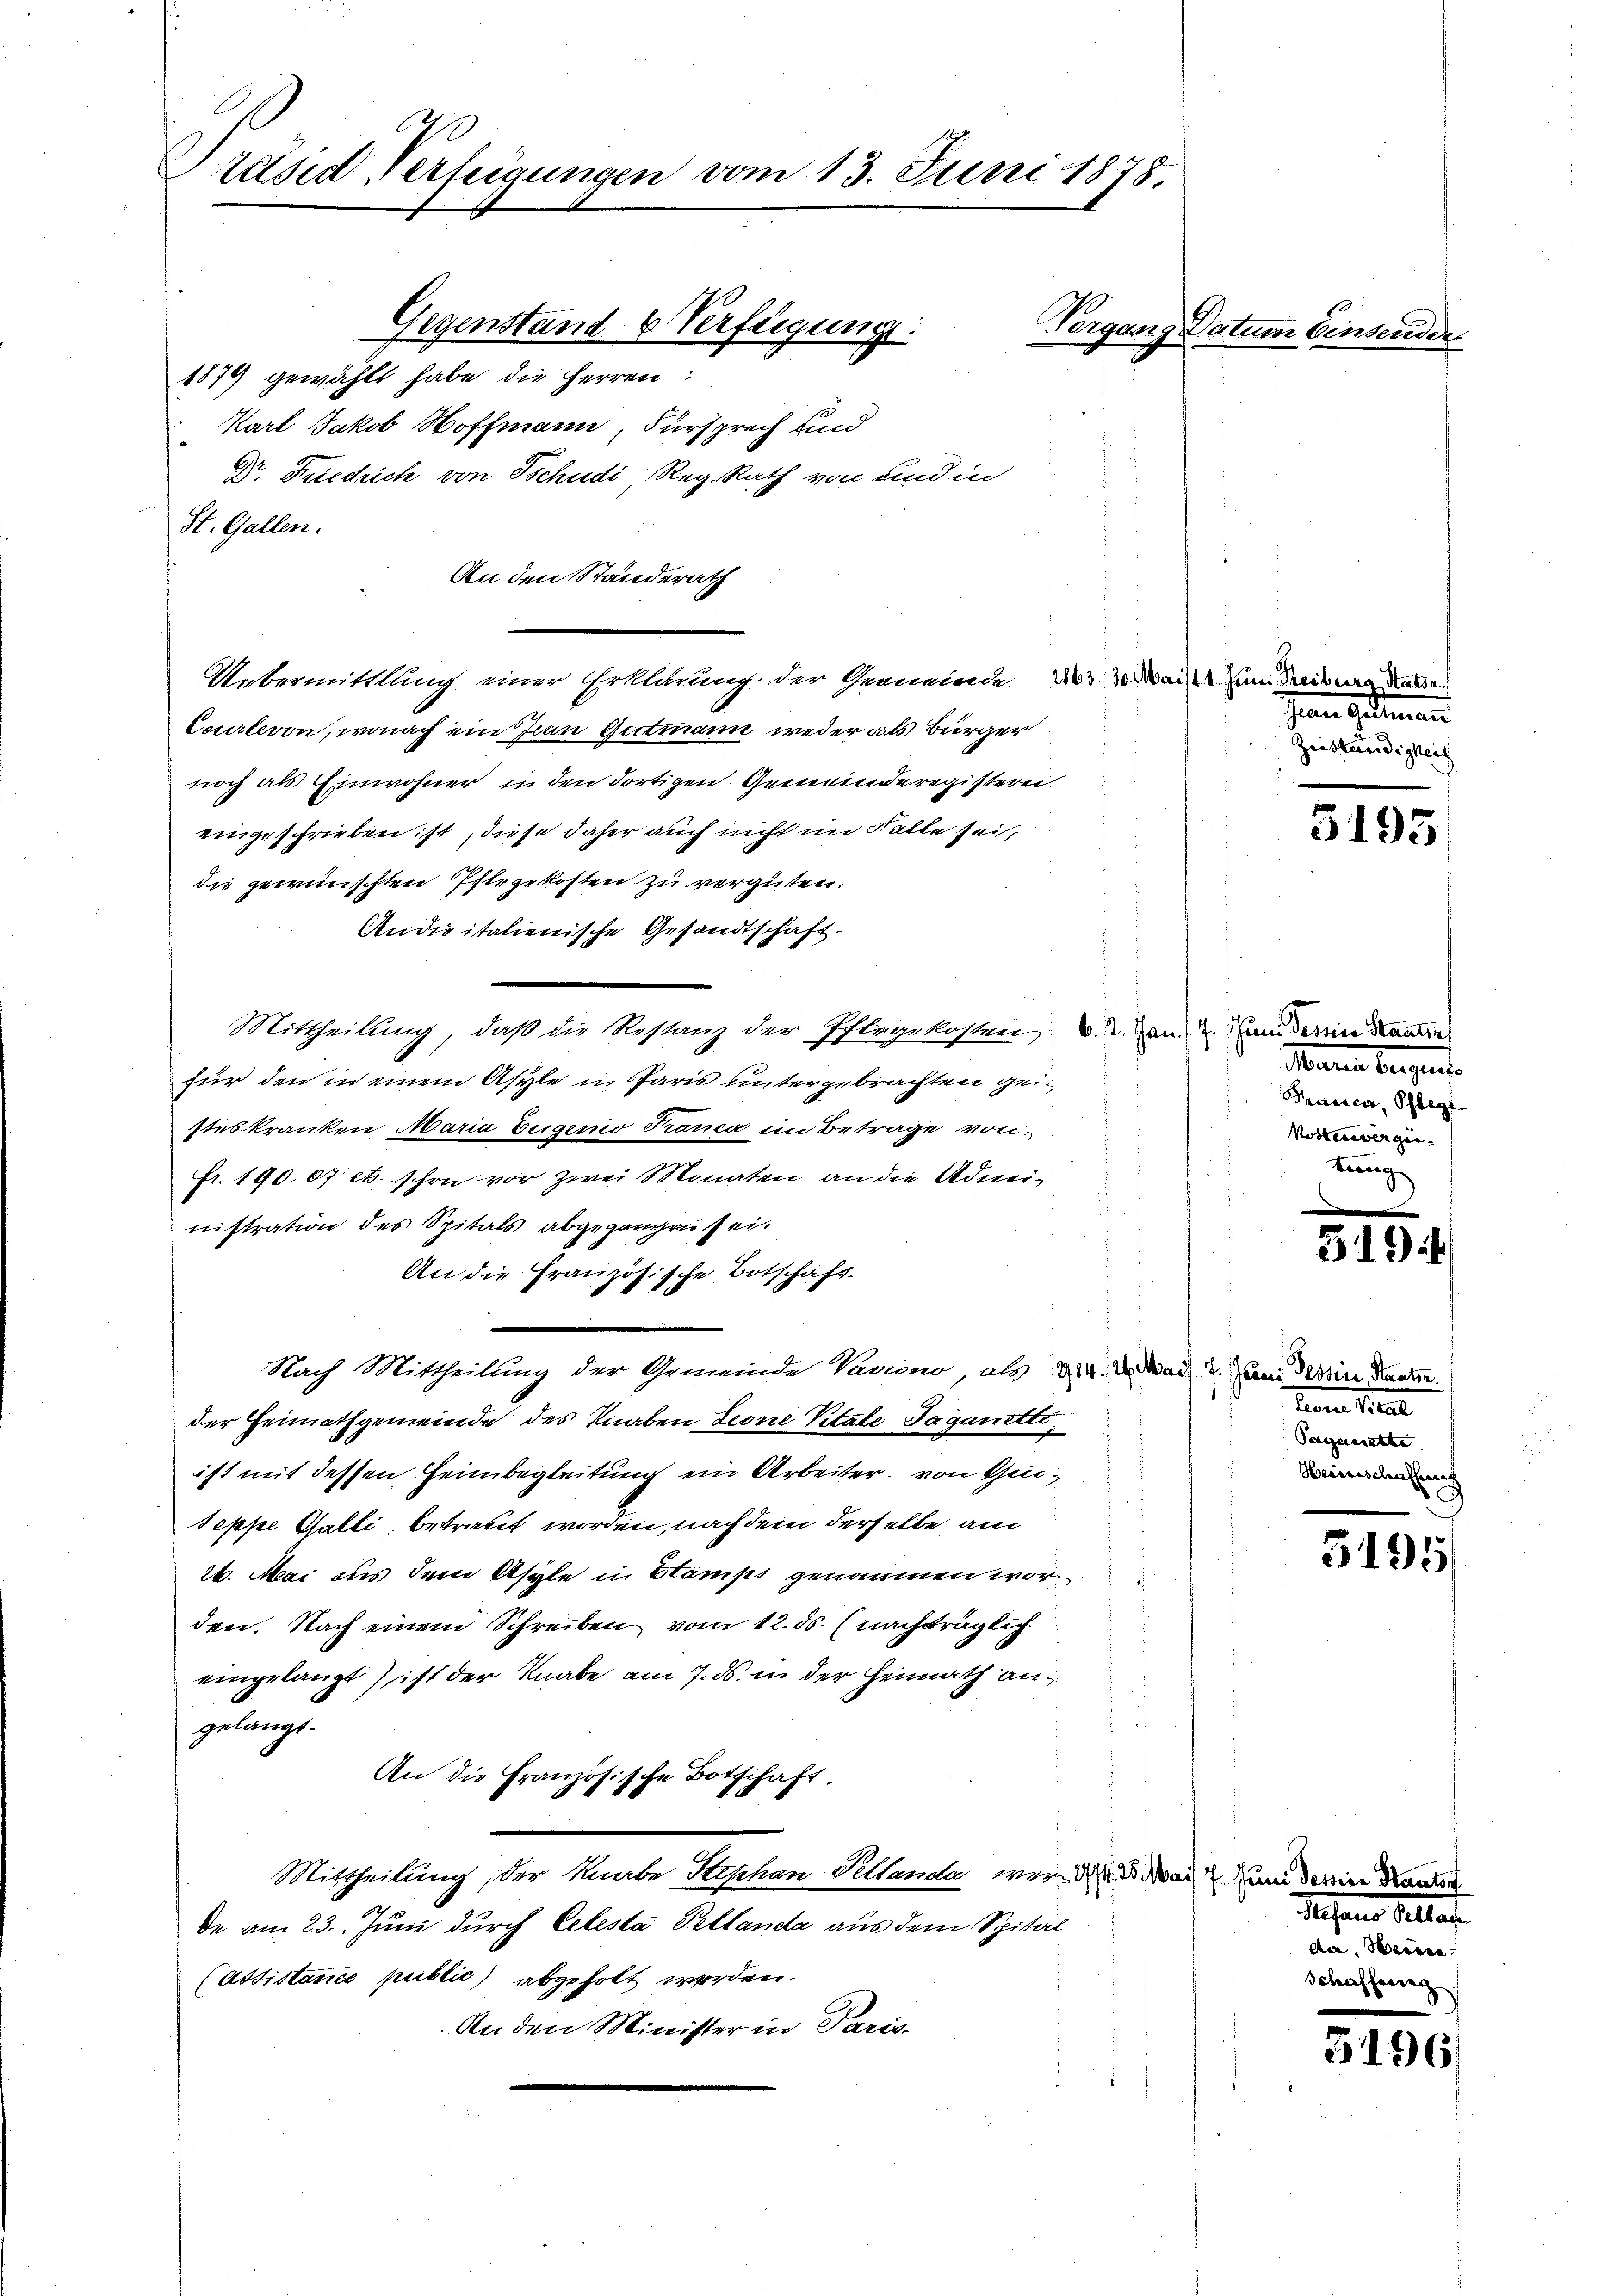
räsid Verfügungen vom 13. Juni 1878.

1879 gewählt habe die Herren:
Karl Jakob Hoffmann, Fürsprech und
Dr. Friedrich von Tschudi Reg. Rath von und in
St. Gallen.
An den Standerath
Uebermittlung einer Erklärung der Gemeinde 203. 30. Mai zum Treiburg dasse.
Courteron, wonach ein Juan Gutmann weder als Bürger
noch als Einwohner in den dortigen Gemeinderegisterni
eingeschrieben ist, diese daher auch nicht im Falle sei,
die gewünschten Pflegekosten zu vergüten.
Andisitalienische Gesandtschaft.
Mittheilung, daß die Restanz der Pflegekosten, d. d. Jan. 2. Handern Kann
für den in einem Asyle in Paris untergebrachten geisteskranken Maria Eugenio Franca im Betrage vonfr. 190.07 et schon vor zwei Monaten an die Administration des Spitals abgegangen sei.
An die Französische Botschaft.
Nach Mittheilung der Gemeinde Vaviono, als 214. 2. ad 2. Juni ein Sachen.
der Heimathgemeinde des Knaben Leone Vitale Taganetet.
ist mit dessen Heimbegleitung ein Arbeiter, von Geseppe Gatti, betraut worden, nach dem derselbe am
26. Mai aus dem Asyle in Stampt genommen worden. Nach einem Schreiben vom 12. ds. (nachträglich
eingelangt) ist der Knabe am 7. ds. in der Heimath angelangt.
An die Französische Botschaft.
Mittheilung, der Knabe Stephan Pellanda wird da um darine Kanton
de am 23. Juni durch Celesta Pettanda aus dem Spital
(Assistance publić) abgeholt werden.
Anden Minister in Paris.

Gegenstand & Verfügung:

Vergang Datum Einsender

3195

hanen Gestamen
Zeiständigkeit

Mauren beigen.
Pracica, Pflegt
Mosten angen. |
tung

3154

Lunnen Seit
Tagarette
Heinschaffung

5195

Masans Sellan
die. Werden.
Schaffereng

5196